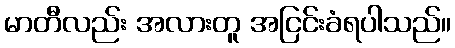
မာတီလည်း အလားတူ အငြင်းခံရပါသည်။